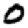
Digit: 0